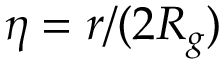
\eta = r / ( 2 R _ { g } )